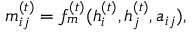
{ m } _ { i j } ^ { ( t ) } = f _ { m } ^ { ( t ) } ( h _ { i } ^ { ( t ) } , h _ { j } ^ { ( t ) } , a _ { i j } ) ,